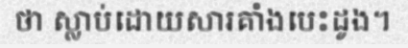
ថា ស្លាប់ដោយសារគាំងបេះដូង។